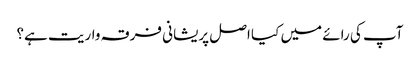
آپ کی رائے میں کیا اصل پریشانی فرقہ واریت ہے؟